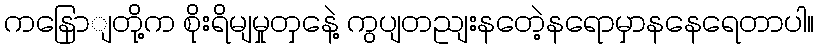
ကနြောျတို့က စိုးရိမျမှုတှနေဲ့ ကွပျတညျးနတေဲ့နရောမှာနနေရေတာပါ။